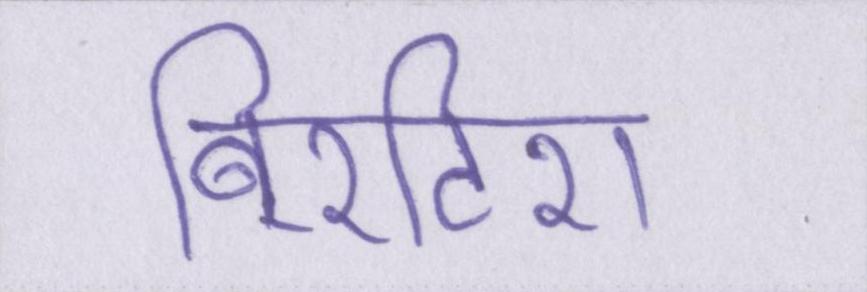
बि्रटिश